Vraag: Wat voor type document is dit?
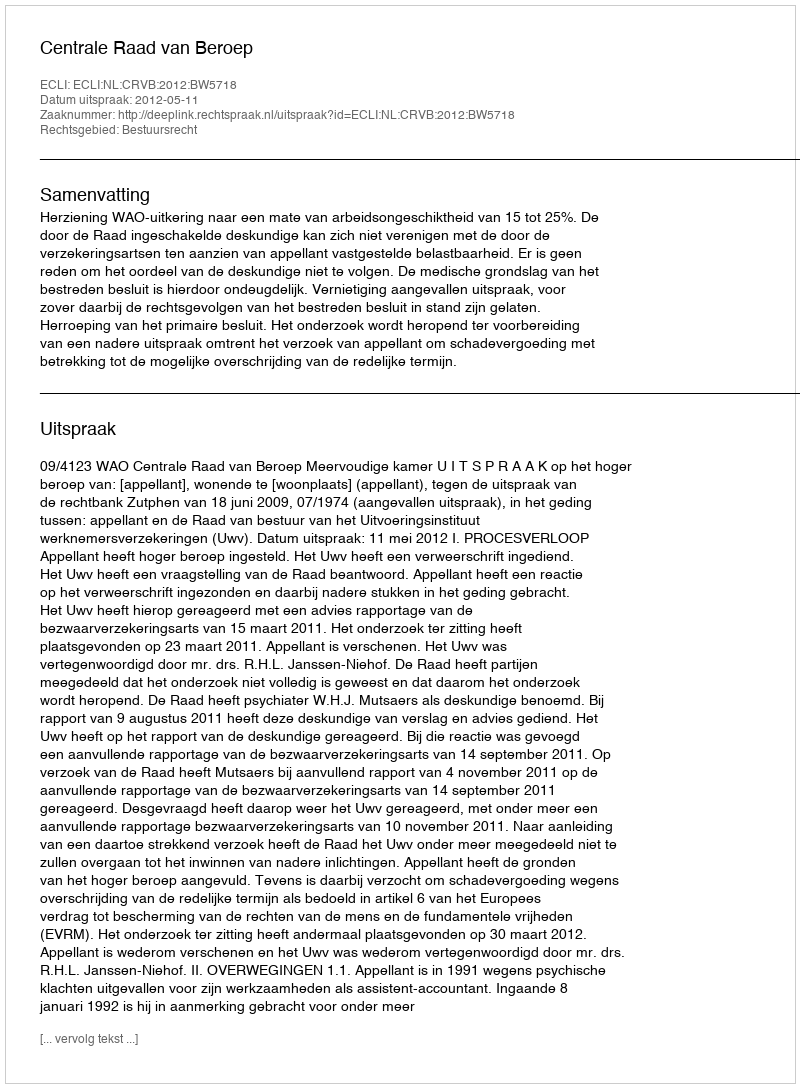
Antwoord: Uitspraak